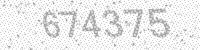
Solution: 674375